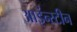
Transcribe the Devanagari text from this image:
आइंन्स्टीन